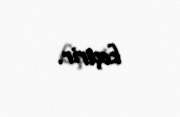
keçirir.